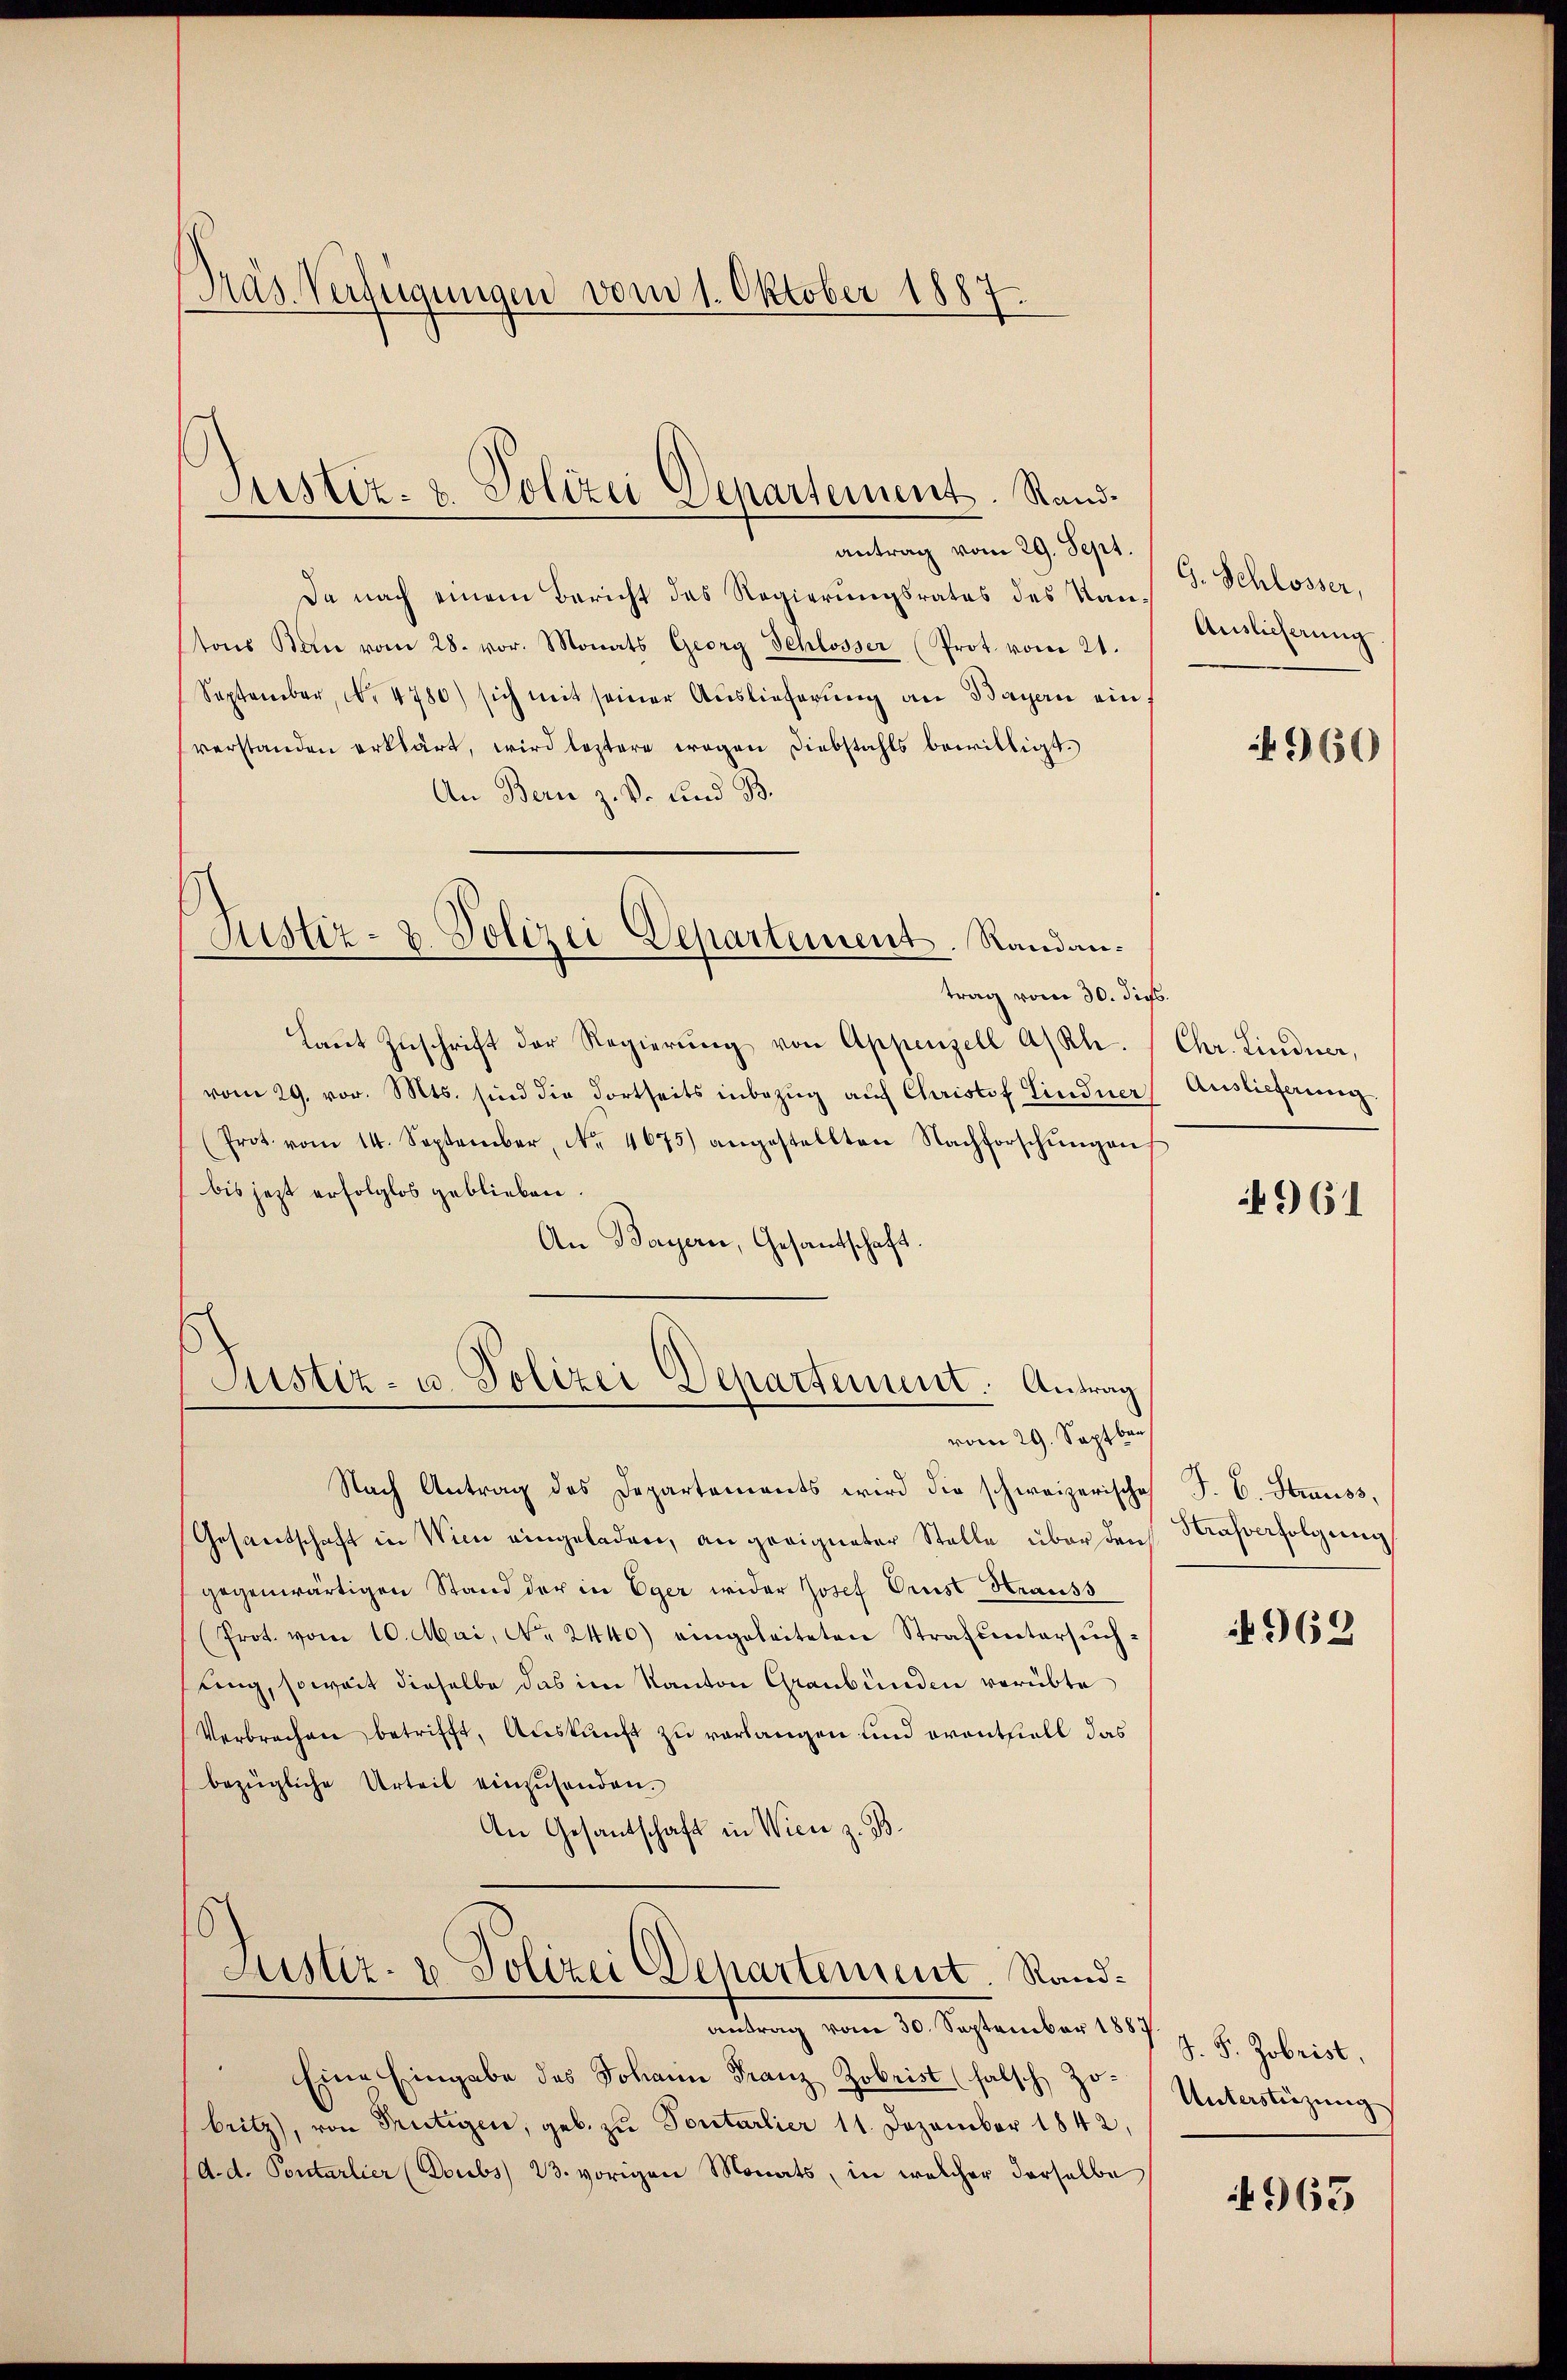
Präs. Verfügungen vom 1. Oktober 1887.

Justiz- & Polizei Departement. Rand.

antrag vom 29. Sept.
Da nach einem Bericht des Regierungsrates des Kantons Bau vom 28. vor. Monats Georg Schlosser (Prot. vom 21.
September, N. 4780) sich mit seiner Auslieferung an Bayern ein
verstanden erklärt, wird leztere wegen Diebstahls bewilligt.
An Bern z. B. und B
Justiz- & Polizei Departement. Randantrag vom 30. dies.
Laŭt Zŭschrift der Regierŭng von Appenzell A/Rh. (Chr. Lindner,
vom 29. vor. Mts. sind die dortseits inbezug auf Christof Lindner
(Prot. vom 14. September, No. 4675) angestellten Nachforschŭngen
bis jetzt erfolglos geblieben
An Bayern, Gesandtschaft

Justiz- u. Polizei Departement. Antrag
vom 29. Septbr.

Nach Antrag des Departements wird die schweizerische
Gesandschaft in Wien eingeladen, an geeigneter Stelle über den
gegenwärtigen Stand der in Eger wider Josef Prust Hrauss
(Prot. vom 10. Mai, No. 2440) eingeleiteten Strafuntersŭch-
ling, soweit dieselbe das im Kanton Graubünden verübte
Verbrechen betrifft, Auskunft zu verlangen und erantiell das
bezügliche Urteil einzusenden.
An Gesantschaft in Wien z. B.
Justiz- u. Polizei Departement. Randantrag vom 30. September 1889
Eine Eingabe des Johann Franz Zobrist (falsch, Zobritz, von Frutigen, geb. zu Sontarlier 11. Dezember 1842,
d. d. Pontarlier (Doubs 23. vorigen Monats, in welcher derselbe

G. Schlosser,
Auslieferung

360

Auslieferung

961

J. C. Strauss,
Nrafverfolgung

4969

S. S. Zobrist,
Unterstüzung

963